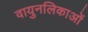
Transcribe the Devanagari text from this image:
वायुनलिकाओं